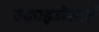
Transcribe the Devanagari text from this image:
स्काइजेस्टर्स